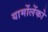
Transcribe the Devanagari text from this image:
यार्मोलेंको